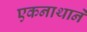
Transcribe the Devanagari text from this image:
एकनाथाने